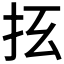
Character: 𰓀